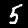
Label: 5